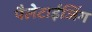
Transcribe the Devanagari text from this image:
पैलेटाईजिंग